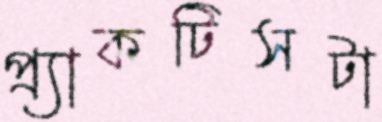
প্র্যাকটিসটা